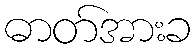
ဓာတ်အားခ